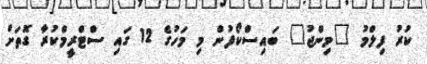
ކުރު ފިލްމު "މިންޖު" ބައިސްކޯފުން މި މަހުގެ 12 ގައި ސްޓްރީމްކުރާ ގޮތަށް